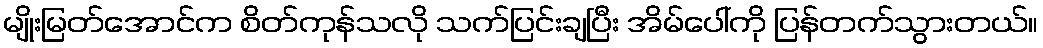
မျိုးမြတ်အောင်က စိတ်ကုန်သလို သက်ပြင်းချပြီး အိမ်ပေါ်ကို ပြန်တက်သွားတယ်။